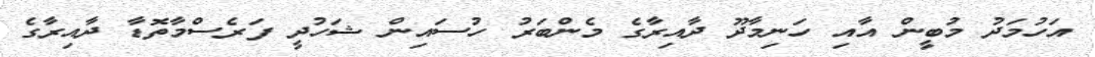
އަހުމަދު މުބީން އާއި ހަނިމާދޫ ދާއިރާގެ މެންބަރު ހުސައިން ޝަހުދީ ފަރެސްމާތޮޑާ ދާއިރާގެ